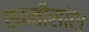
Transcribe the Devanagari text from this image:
एकवीसांश